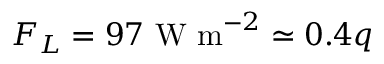
F _ { L } = 9 7 ~ \mathrm { W ~ m } ^ { - 2 } \simeq 0 . 4 q